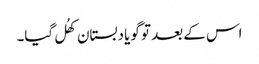
اس کے بعد تو گویا دبستان کھُل گیا۔